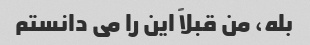
بله، من قبلاً این را می دانستم